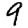
Digit: 9